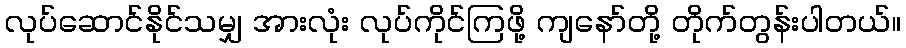
လုပ်ဆောင်နိုင်သမျှ အားလုံး လုပ်ကိုင်ကြဖို့ ကျနော်တို့ တိုက်တွန်းပါတယ်။